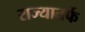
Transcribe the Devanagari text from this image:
राज्यातर्फे